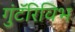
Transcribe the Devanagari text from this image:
गुंटॅरिविभ